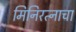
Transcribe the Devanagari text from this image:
मिनिरत्नाचा